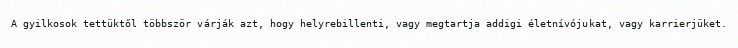
A gyilkosok tettüktől többször várják azt, hogy helyrebillenti, vagy megtartja addigi életnívójukat, vagy karrierjüket.